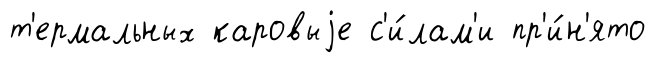
т'ермальных каровыjе с'и́лам'и пр'и́н'ято